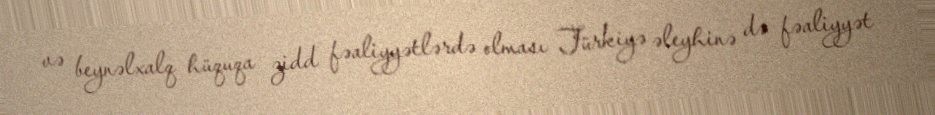
və beynəlxalq hüquqa zidd fəaliyyətlərdə olması Türkiyə əleyhinə də fəaliyyət